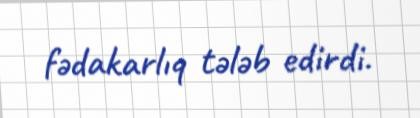
fədakarlıq tələb edirdi.